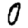
Digit: 0